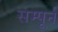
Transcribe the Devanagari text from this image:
सम्पूर्न